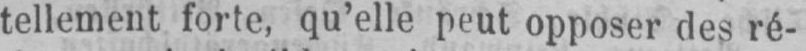
tellement forte, qu’elle peut opposer des ré-